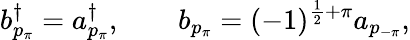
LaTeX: b_{p_{\pi}}^{\dagger}=a_{p_{\pi}}^{\dagger},\qquad b_{p_{\pi}}=(-1)^{\frac{1}{2}+\pi}a_{p_{-\pi}},